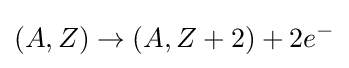
(A,Z)\rightarrow (A,Z+2)+2e^{-}